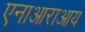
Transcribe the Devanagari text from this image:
एनाआराआय